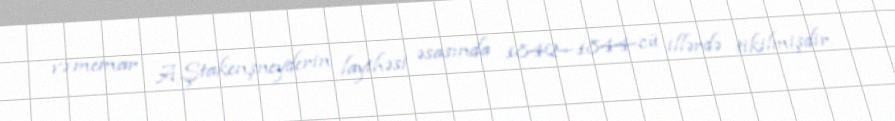
və memar A.Ştakenşneyderin layihəsi əsasında 1842—1844-cü illərdə tikilmişdir.